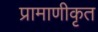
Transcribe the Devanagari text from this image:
प्रामाणीकृत